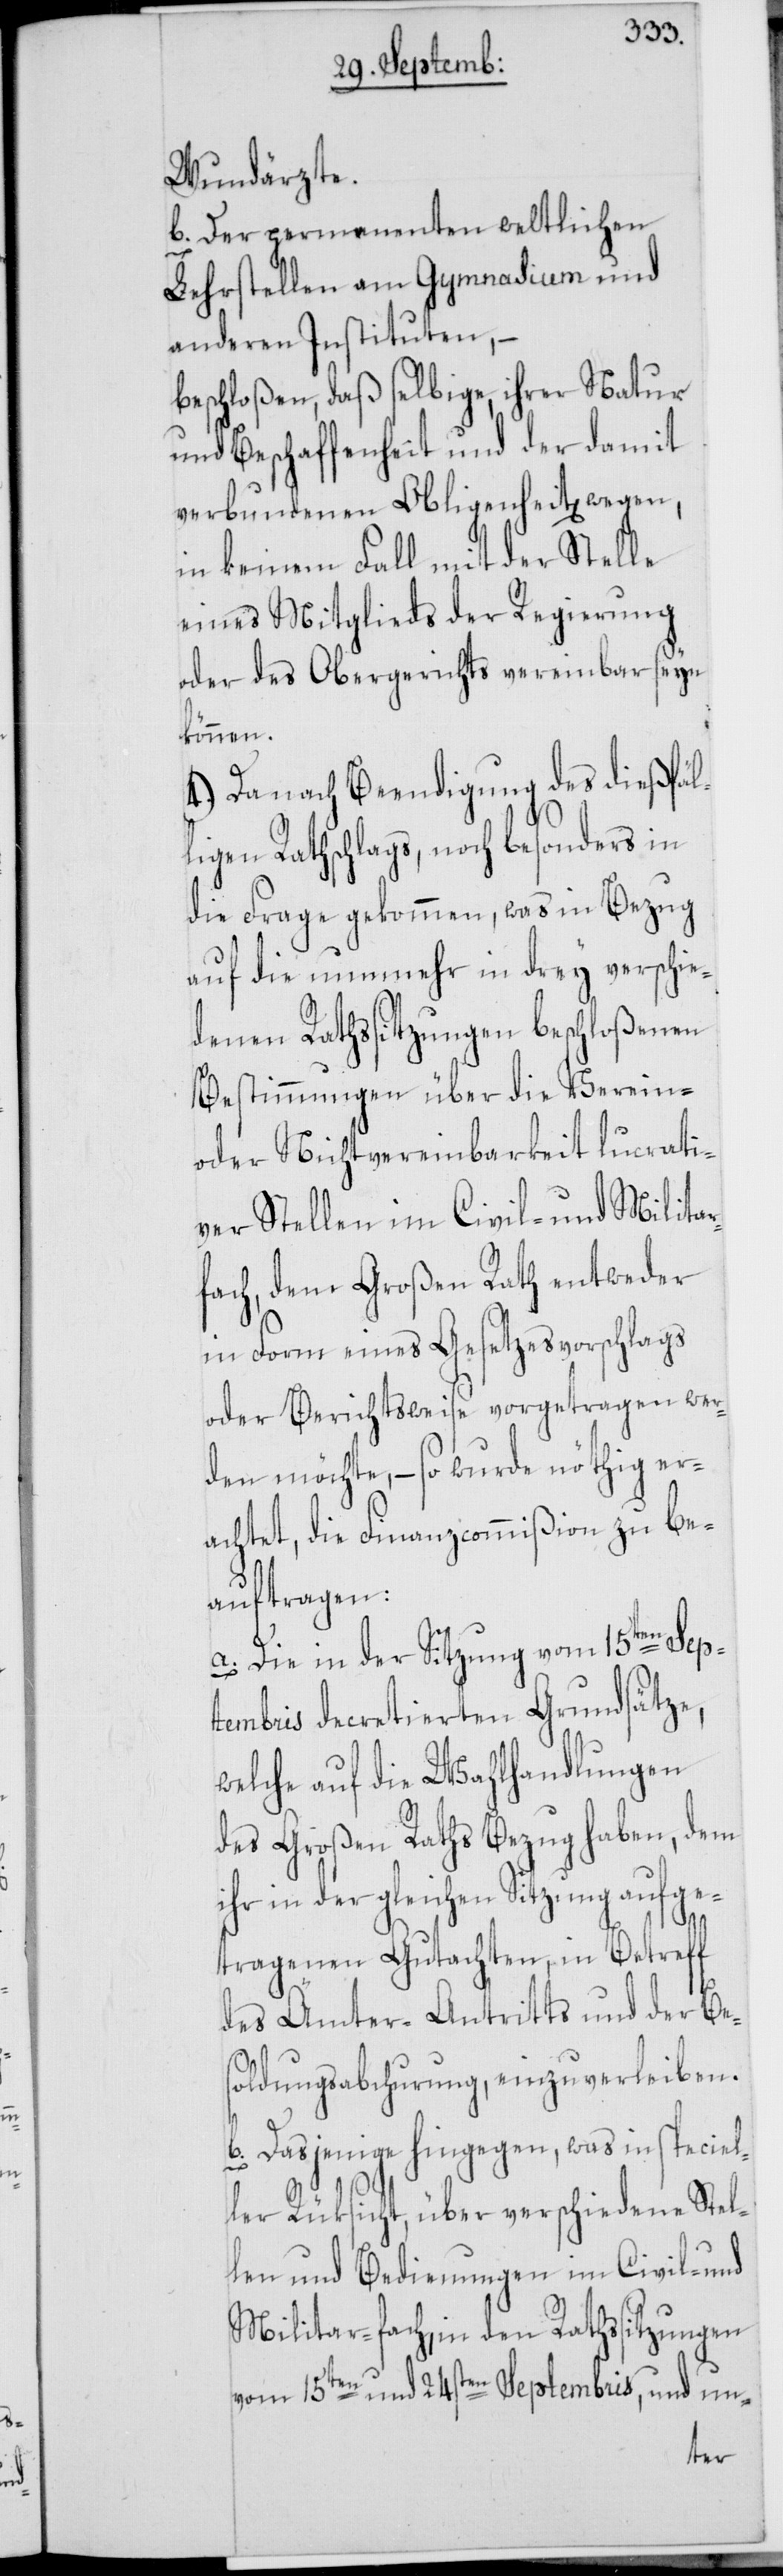
Wundärzte.
b. Der permanenten weltlichen
Lehrstellen am Gymnasium und
anderen Instituten, –
beschloßen, daß selbige, ihrer Natur
und Beschaffenheit und der damit
verbundenen Obligenheit[en]
in keinem Fall mit der Stelle
eines Mitglieds der Regierung
oder des Obergerichts vereinbar seyn
können.
4.) Da nach Beendigung des dießfäl¬
ligen Rathschlags, noch besonders in
die Frage gekommen, was in Bezug
auf die nunmehr in drey verschie¬
denen Rathssitzungen beschloßenen
Bestimmungen über die Verein-
oder Nichtvereinbarkeit lucrati¬
ver Stellen im Civil- und Militar¬
fach, dem Großen Rath entweder
in Form eines Gesetzesvorschlags
oder Berichtsweise vorgetragen wer¬
den möchte, – so wurde nöthig er¬
achtet, die Finanzcommißion zu be¬
auftragen:
a. Die in der Sitzung vom 15ten Sep¬
tembris decretierten Grundsätze,
welche auf die Wahlhandlungen
des Großen Raths Bezug haben, dem
ihr in der gleichen Sitzung aufge¬
tragenen Gutachten, in Betreff
des Ämter-Antritts und der Bes¬
oldungsabchurung einzuverleiben.
b. Dasjenige hingegen, was in speciel¬
ler Rüksicht, über verschiedene Stel¬
len und Bedienungen im Civil- und
Militar-fach, in den Rathssitzungen
vom 15ten und 24sten Septembris, und un-